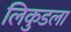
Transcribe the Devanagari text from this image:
लिकुडला